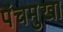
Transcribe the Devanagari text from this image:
पंचमुखा